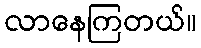
လာနေကြတယ်။